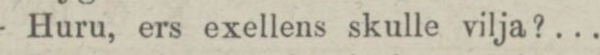
— Huru, ers exellens skulle vilja? ...